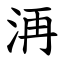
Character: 洅